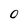
Character: 0